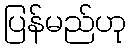
ပြန်မည်ဟု